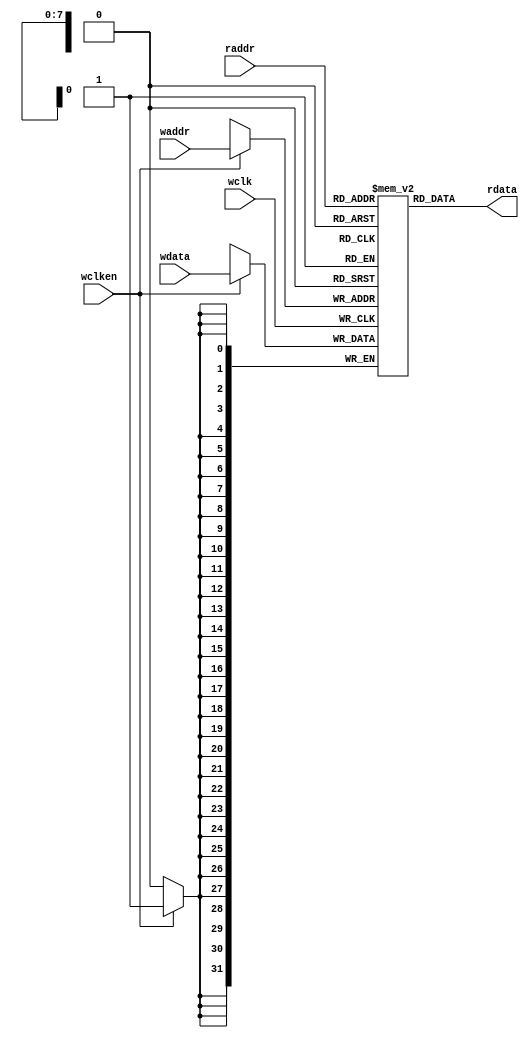
`timescale 1ns / 1ps
//////////////////////////////////////////////////////////////////////////////////
// Company: 
// Engineer: 
// 
// Design Name: 
// Module Name: rptr_empty
// Project Name: 
// Target Devices: 
// Tool Versions: 
// Description: 
// 
// Dependencies: 
// 
// Revision:
// Revision 0.01 - File Created
// Additional Comments:
// 
//////////////////////////////////////////////////////////////////////////////////

module fifomem (rdata, wdata, waddr, raddr, wclken, wclk);
    parameter DATASIZE = 32;                // Memory data word width
    parameter ADDRSIZE = 8;                 // Number of memory address bits
    parameter RAM_TYPE = "distributed";     // Type of RAM: string; "auto", "block", or "distributed";
    parameter DEPTH = 1<<ADDRSIZE;          // DEPTH = 2**ADDRSIZE
    output [DATASIZE-1:0] rdata;
    input [DATASIZE-1:0] wdata;
    input [ADDRSIZE-1:0] waddr, raddr;
    input wclken, wclk;
    `ifdef VENDORRAM
    // instantiation of a vendor's dual-port RAM
        VENDOR_RAM MEM (
            .dout(rdata), 
            .din(wdata),
            .waddr(waddr), 
            .raddr(raddr),
            .wclken(wclken), 
            .clk(wclk)
        );
    `else
        (* ram_style = RAM_TYPE *) reg [DATASIZE-1:0] MEM[0:DEPTH-1];
        assign rdata = MEM[raddr];
        always @(posedge wclk)
            if (wclken) MEM[waddr] <= wdata;
    `endif
endmodule